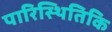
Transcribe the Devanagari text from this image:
पारिस्थितिकि